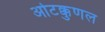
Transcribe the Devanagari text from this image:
ओटक्कुणल